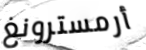
أرمسترونغ